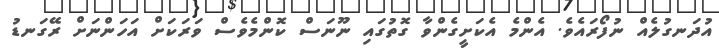
އުދަނގުލެއް ނުފޯރައެވެ. އެންމެ އެކަށީގެންވާ ގޮތުގައި ނޫނަސް ކޮންމެވެސް ވަރަކަށް އަހަންނަށް ރޭގަނޑު